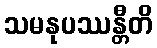
သမနုပဿန္တီတိ